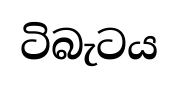
ටිබැටය